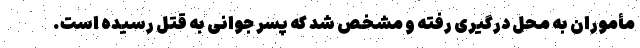
مأموران به محل درگیری رفته و مشخص شد که پسر جوانی به قتل رسیده است.